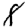
Digit: 8